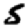
Digit: 5